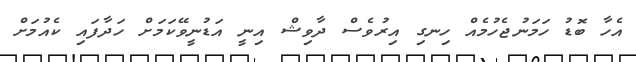
އެހާ ބޮޑު ހަމަނުޖެހުމެއް ހިނގި އިރުވެސް ދާވިޝް އިނީ އަޑުނީވޭކަމަށް ހަދާފައި ކެއުމަށް